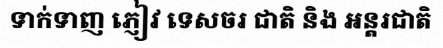
ទាក់ទាញ ភ្ញៀវ ទេសចរ ជាតិ និង អន្តរជាតិ